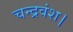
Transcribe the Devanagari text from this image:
चन्द्रवंश।